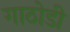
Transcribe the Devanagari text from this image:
गाठोडी